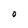
Character: O